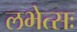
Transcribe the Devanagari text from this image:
लभेत्सः